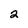
Character: 2